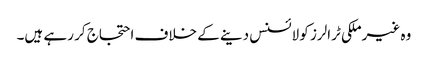
وہ غیرملکی ٹرالرز کو لائسنس دینے کے خلاف احتجاج کر رہے ہیں۔